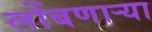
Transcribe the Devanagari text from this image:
लोंबणार्‍या